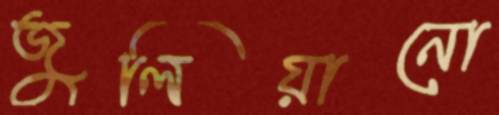
জুলিয়ানো